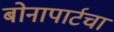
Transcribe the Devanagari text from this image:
बोनापार्टचा